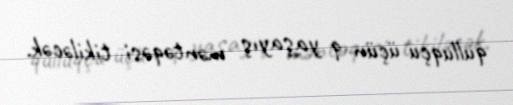
qulluqçu üçün 9 yaşayış məntəqəsi tikiləcək.